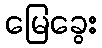
မြေခွေး